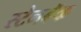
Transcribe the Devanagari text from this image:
स्टेनबॅक